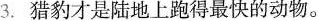
3. 猎豹才是陆地上跑得最快的动物。